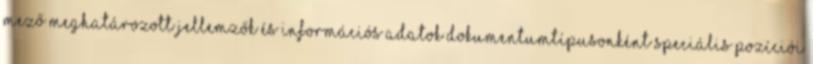
mező Meghatározott jellemzők és információs adatok dokumentumtípusonként speciális pozíciói